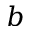
b